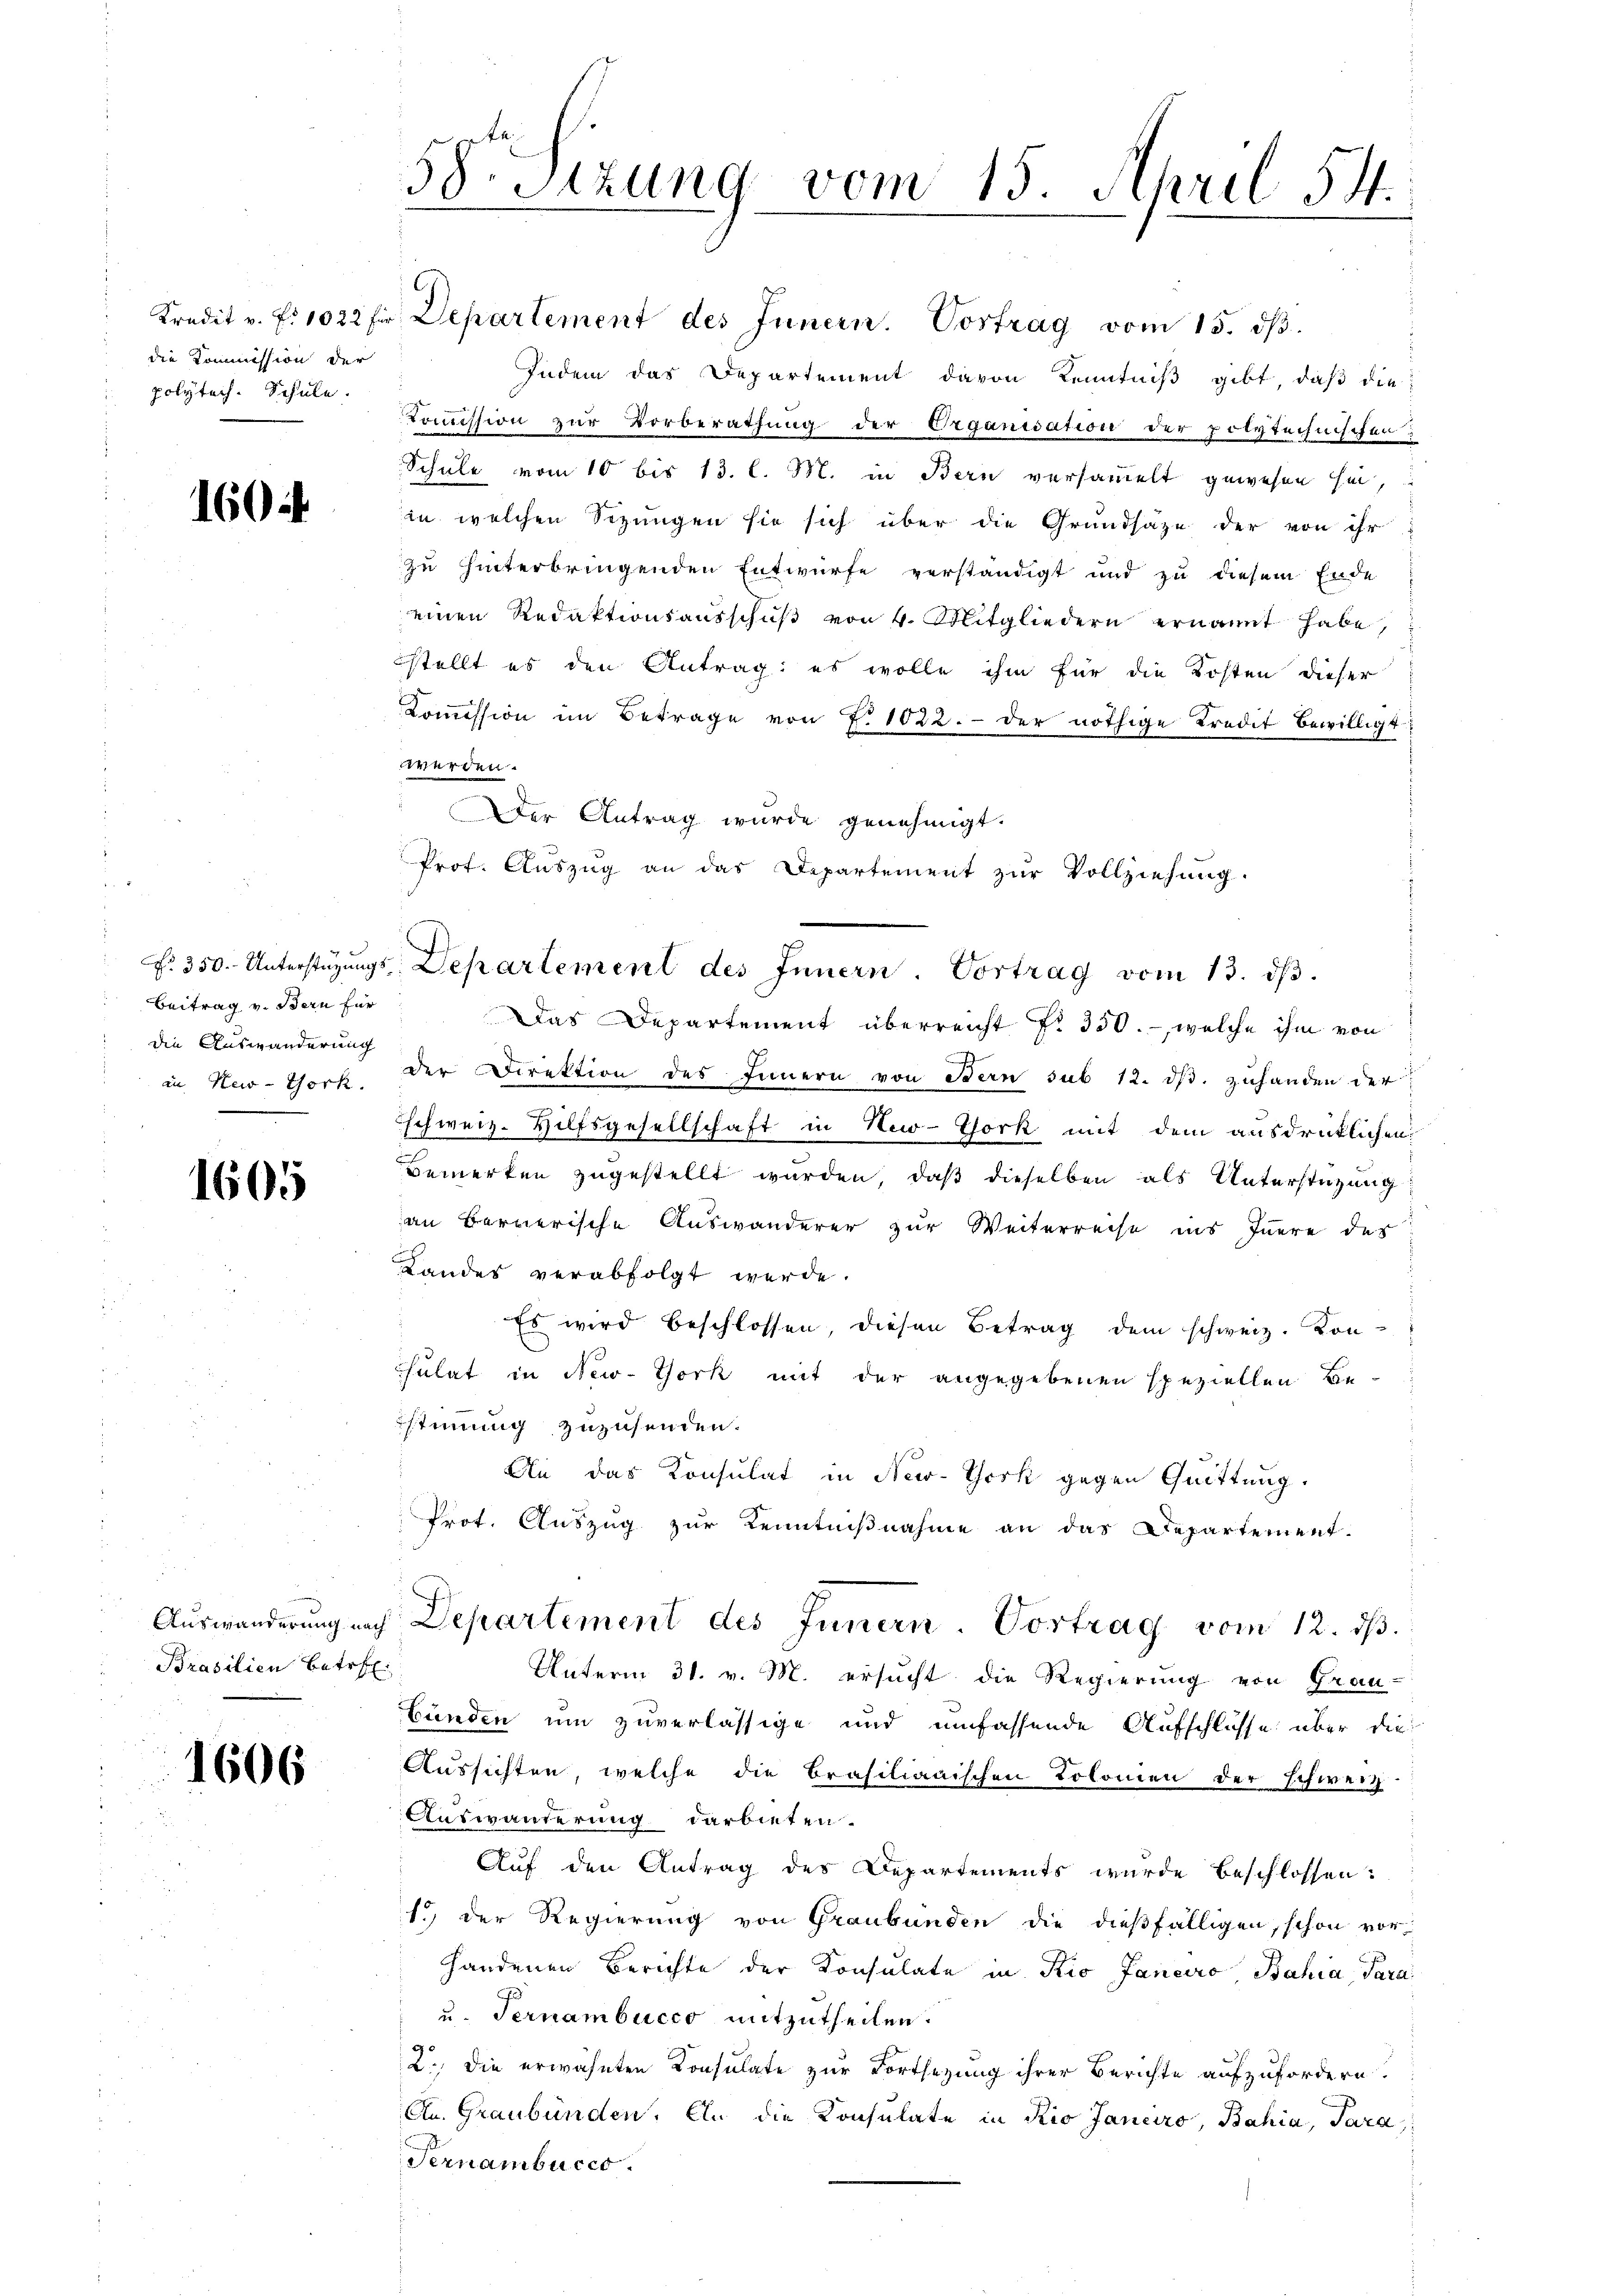
Kradit v. fr. 1022 fi
die Kommission der
polytech. Schule.

1604.

No. 350. Unterstüzungs
Beitrag v. Bern für
die Auswanderung
in New-York.

160

Auswanderung nach
Prasilien Betr

1606

58. Sitzung vom 15. April 54.

Departement des Innern. Vortrag vom 15. dβ.
Indem das Departement davon Kenntniß gibt, daß die
Komission zur Vorberathung der Organisation der polytechnischen;
Schule vom 10 bis 13. l. M. in Bern versammelt gewesen sei,
in welchen Sizungen sie sich über die Grundsaze der von ihr
zu hinterbringenden Entwurfe verständigt und zu diesem Ende
einen Redaktionsausschuß von 4. Mitgliedern ernannt habe,
stellt es den Antrag: es wolle ihm für die Kosten dieser
Koṁission im Betrage von P. 1022. der nöthige Kredit bewilligt
werden.
Der Antrag wurde genehmigt.
Prof. Auszug an das Departement zur Vollziehung.
 Departement des Innern. Vortrag vom 13. dβ.
Das Departement überreicht fr. 350.- welche ihm von
der Direktion des Innern von Bern sub 12. ds. zuhanden der
schweiz. Hilfsgesellschaft in New-York mit dem ausdrücklichen
Bemerken zugestellt wurden, daß dieselben als Unterstüzung
an Bernerische Auswanderer zur Weiterreise ins Innere des
Landes verabfolgt werde.
Es wird beschlossen, diesen Betrag dem schweiz. Kon-
sulat in New-York mit der angegebenen speziellen Bestimmig zuzusenden.
An das Konsulat in New-York gegen Quittung.
Prot. Auszug zur Kenntnißnahme an das Departement-
Departement des Innern. Vortrag vom 12. dβ.
Unterm 31. v. M. ersucht die Regierung von Grau-
Bunden um zuverlässige und umfassende Aufschlüsse über die
Aussichten, welche die Brasilianischen Kolomen der Schweiz.
Auswanderung darbieten.
Auf den Antrag des Departements wurde beschlossen:
s. der Regierung von Graubünden die dießfälligen, schon vorhandenen Berichte der Konsulate in Rio Janeiro Bahia Para
u. Ternambucco mitzutheilen.
2. Die erwähnten Konsulate zur Fortsezung ihrer Berichte aufzufordern.
Au. Graubünden. Ein die Konsulate in Rio Janeiro, Bahia, Para
Fernambucco.